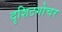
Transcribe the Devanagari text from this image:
दृशिटगोचर